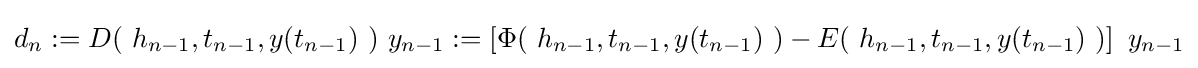
d_{n}:=D(\ h_{n-1},t_{n-1},y(t_{n-1})\ )\ y_{n-1}:=\left[\Phi (\ h_{n-1},t_{n-1},y(t_{n-1})\ )-E(\ h_{n-1},t_{n-1},y(t_{n-1})\ )\right]\ y_{n-1}